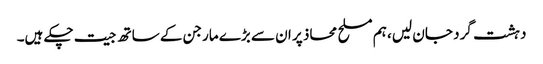
دہشت گرد جان لیں، ہم مسلح محاذ پر ان سے بڑے مارجن کے ساتھ جیت چکے ہیں۔